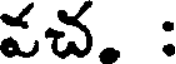
వచ. :